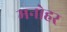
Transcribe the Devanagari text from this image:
मनाेहर